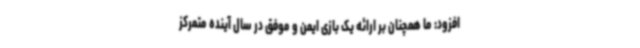
افزود: ما همچنان بر ارائه یک بازی ایمن و موفق در سال آینده متمرکز